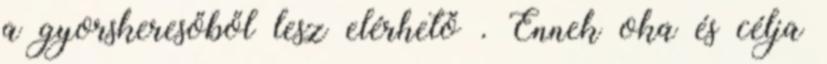
a gyorskeresőből lesz elérhető . Ennek oka és célja